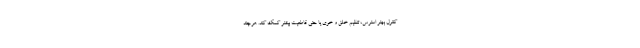
کنترل بهتر استرس، تنظیم خلق و خوی یا حتی قاطعیت بیشتر کمک کند. هرچند